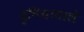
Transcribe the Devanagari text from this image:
दुनियावाले